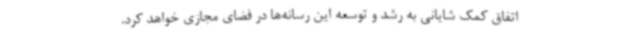
اتفاق کمک شایانی به رشد و توسعه این رسانه‌ها در فضای مجازی خواهد کرد.